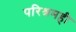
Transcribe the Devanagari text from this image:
परिश्रमही